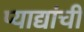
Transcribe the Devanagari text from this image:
प्याद्यांची